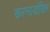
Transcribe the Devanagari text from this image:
करनाजोखिम